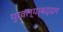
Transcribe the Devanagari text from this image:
पुरवल्याबद्दल